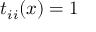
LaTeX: t _ { i i } ( x ) = 1